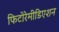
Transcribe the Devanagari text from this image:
फिटोरेमीडिएशन